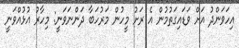
އިހަވަންދު އަށް ވަޑައިގަތުމުން އެ ރަށު މީހުން މަރުހަބާ ދަންނަވަނީ: މިހާރު އުޅުއްވަނީ